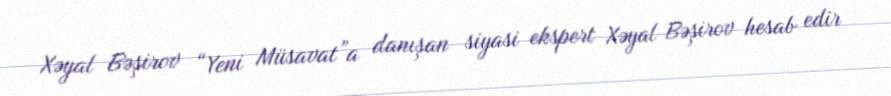
Xəyal Bəşirov “Yeni Müsavat”a danışan siyasi ekspert Xəyal Bəşirov hesab edir